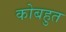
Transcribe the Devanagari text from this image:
कोबहुत